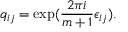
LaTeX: q _ { i j } = \exp ( { \frac { 2 \pi i } { m + 1 } } \epsilon _ { i j } ) .